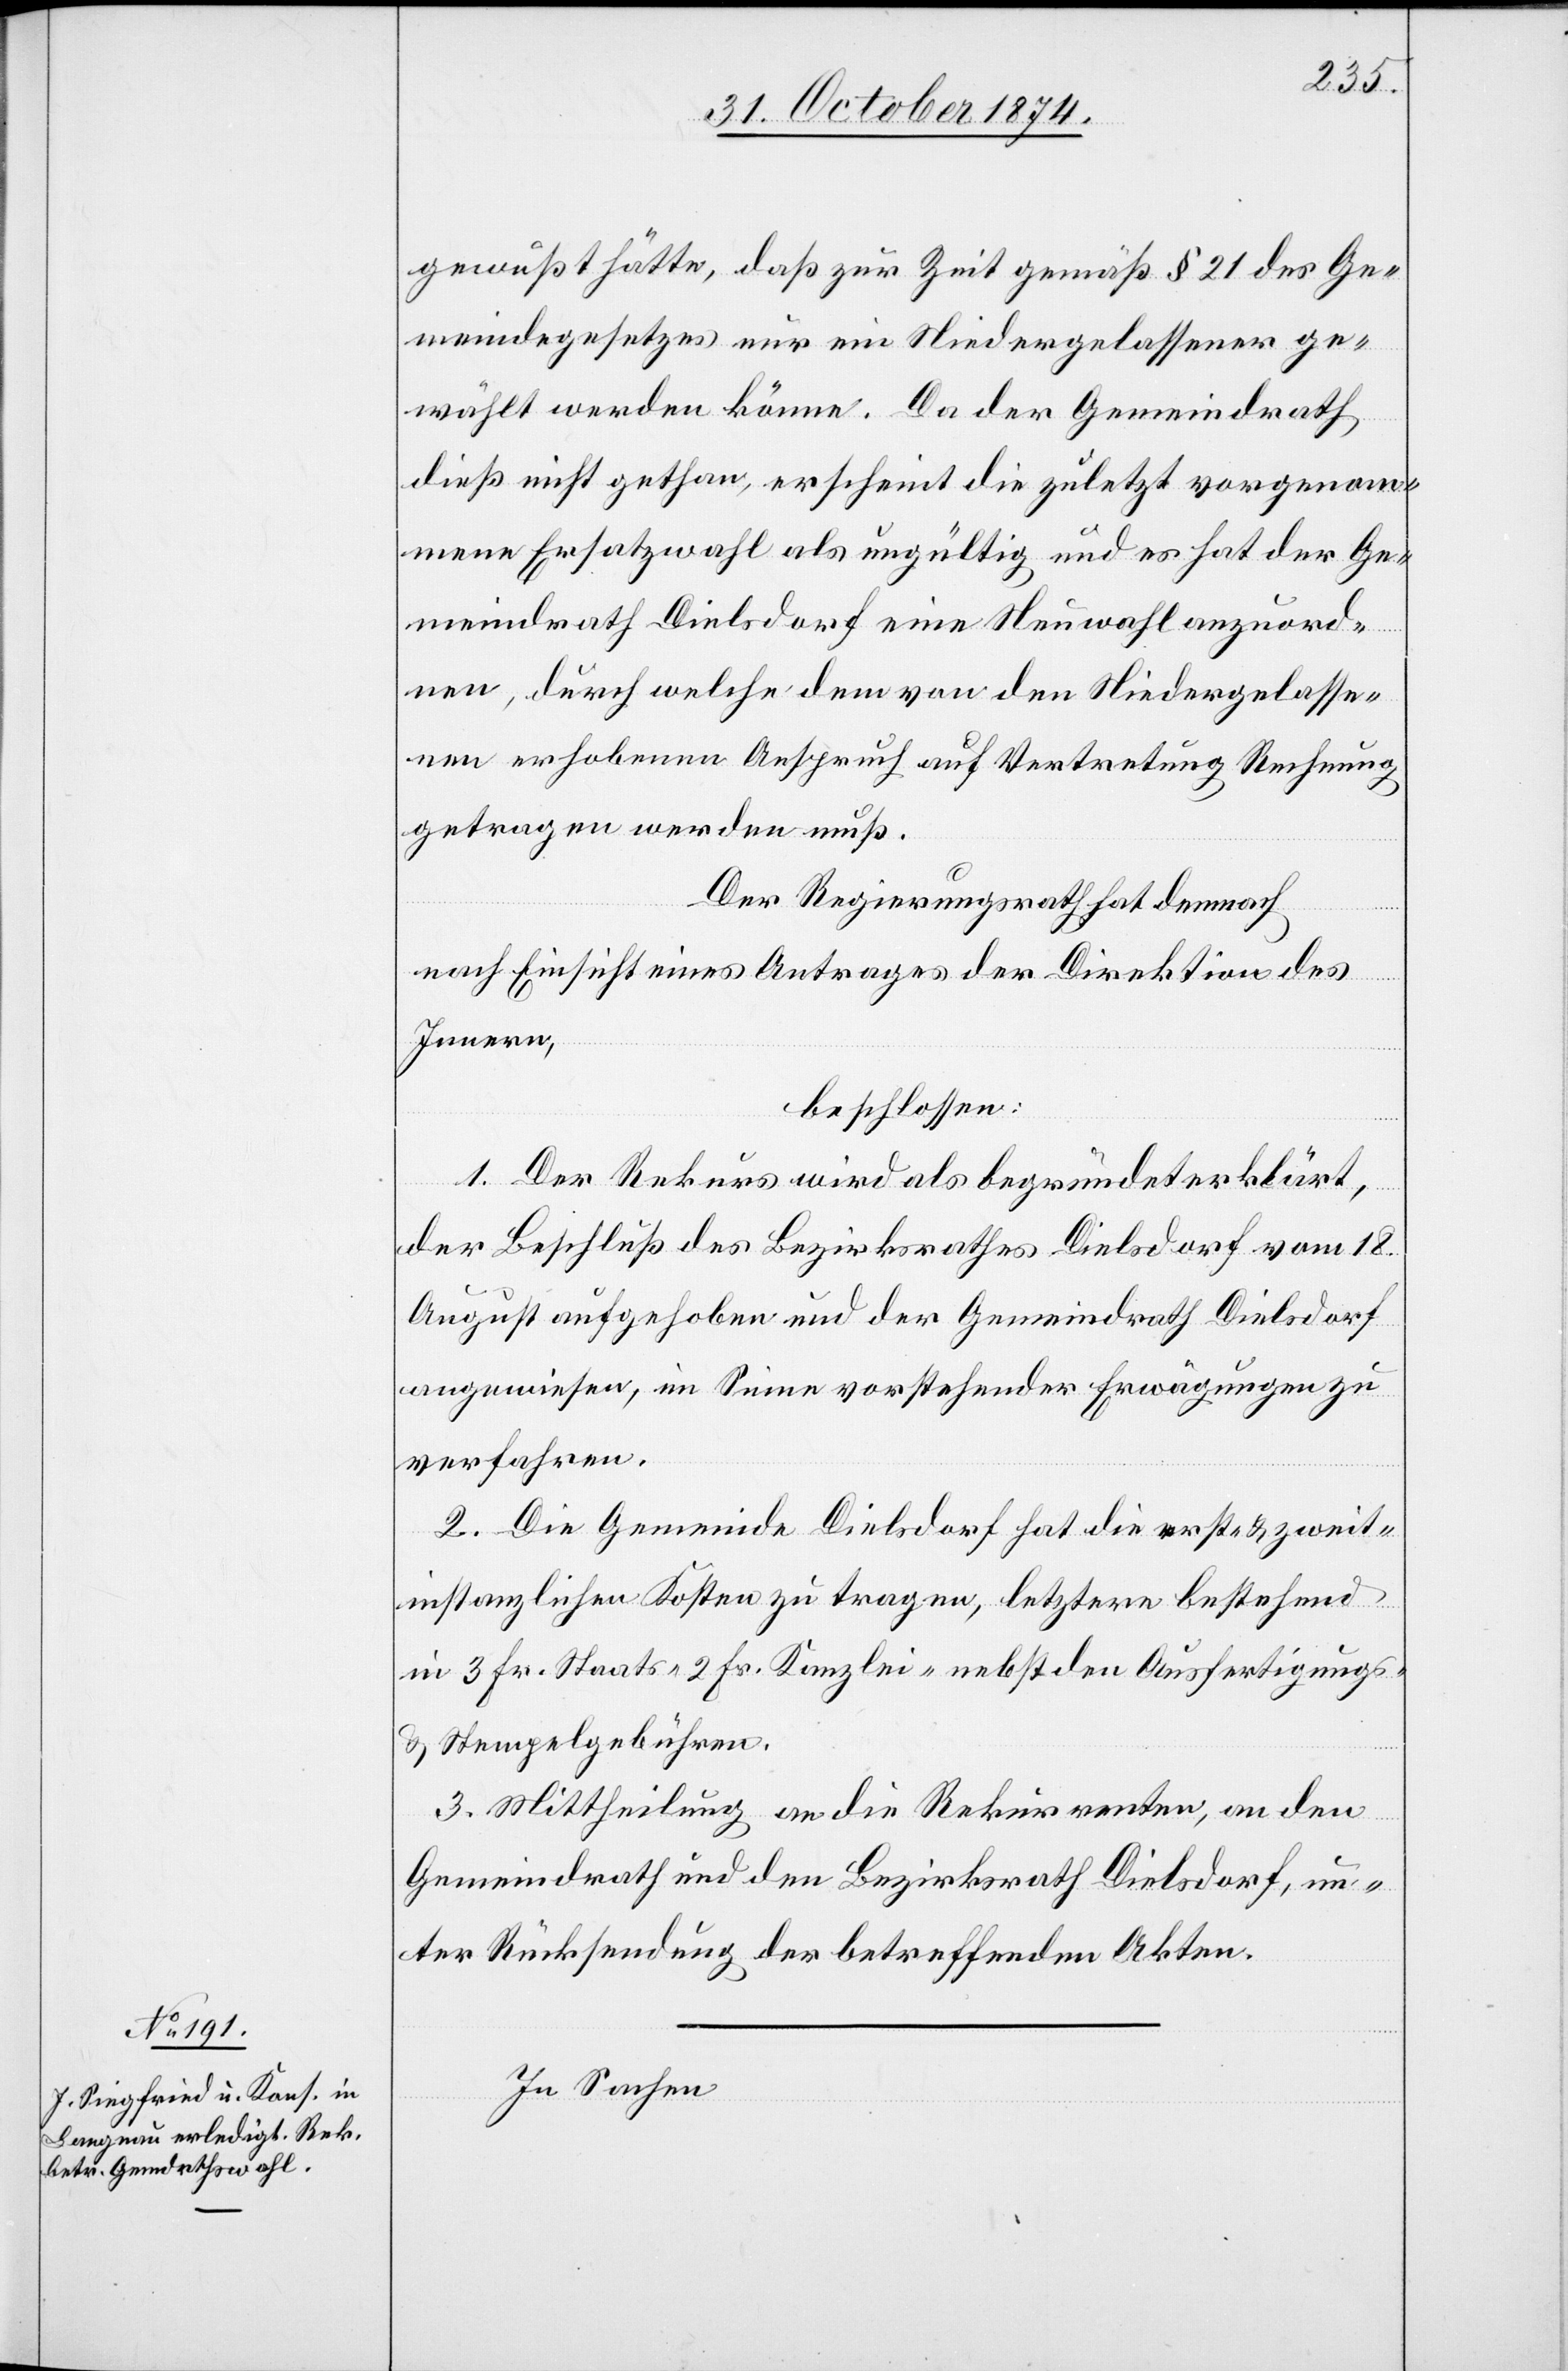
gewußt hätte, daß zur Zeit gemäß § 21 des Ge¬
meindegesetzes nur ein Niedergelassener ge¬
wählt werden könne. Da der Gemeindrath
dieß nicht gethan, erscheint die zuletzt vorgenom¬
mene Ersatzwahl als ungültig und es hat der Ge¬
meindrath Dielsdorf eine Neuwahl anzuord¬
nen, durch welche dem von den Niedergelasse¬
nen erhobenen Anspruch auf Vertretung Rechnung
getragen werden muß.
Der Regierungsrath hat demnach
nach Einsicht eines Antrages der Direktion des
Innern,
beschlossen:
1. Der Rekurs wird als begründet erklärt,
der Beschluß des Bezirksrathes Dielsdorf vom 18.
August aufgehoben und der Gemeindrath Dielsdorf
angewiesen, im Sinne vorstehender Erwägungen zu
verfahren.
2. Die Gemeinde Dielsdorf hat die erst- & zweit¬
instanzlichen Kosten zu tragen, letztere bestehend
in 3 Fr. Staats-[,] 2 Fr. Kanzlei- nebst den Ausfertigungs-
& Stempelgebühren.
3. Mittheilung an die Rekurrenten, an den
Gemeindrath und den Bezirksrath Dielsdorf, un¬
ter Rücksendung der betreffenden Akten.
In Sachen